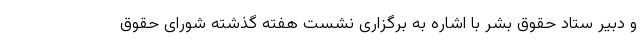
و دبیر ستاد حقوق بشر با اشاره به برگزاری نشست هفته گذشته شورای حقوق